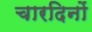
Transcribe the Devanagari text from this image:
चारदिनों